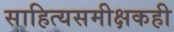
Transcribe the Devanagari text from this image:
साहित्यसमीक्षकही